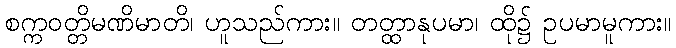
စက္ကဝတ္တိမဏိမာတိ၊ ဟူသည်ကား။ တတ္ထာနုပမာ၊ ထို၌ ဥပမာမူကား။